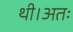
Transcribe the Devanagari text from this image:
थी।अतः